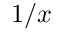
1 / x